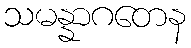
သမန္နာဂတေန